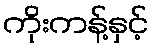
ကိုးကန့်နှင့်